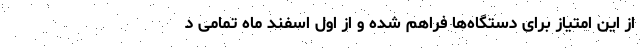
از این امتیاز برای دستگاه‌ها فراهم شده و از اول اسفند ماه تمامی د